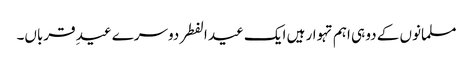
مسلمانوں کے دو ہی اہم تہوار ہیں ایک عید الفطر دوسرے عیدِ قرباں۔